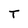
Character: T